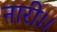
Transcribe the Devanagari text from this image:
नारी।।